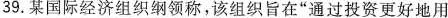
39.某国际经济组织纲领称，该组织旨在”通过投资更好地用